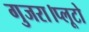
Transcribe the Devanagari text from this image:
गुजरा।प्लूटो